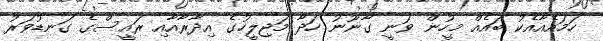
ހަމައެއާއެކު ބައެއް މީހުން ވަނީ ގާނޫނު ހަދާ މަޖިލީހުގެ އިދާރާއާއި ރައީސްގެ ގަނޑުވަރު